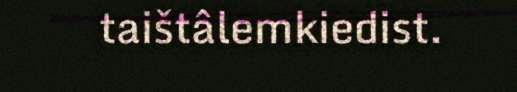
taištâlemkiedist.